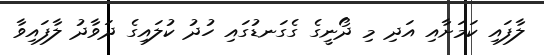
ލާފައި ކަމަށާއި އަދި މި ދޯނީގެ ގެގަނޑުގައި ހުދު ކުލައިގެ ދަވާދު ލާފައިވާ